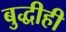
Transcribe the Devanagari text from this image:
बुद्धीही